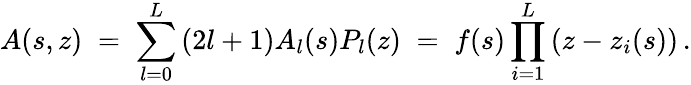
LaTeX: A(s,z)\; =\; \sum_{l=0}^{L}\, (2l+1)A_{l}(s)P_{l}(z)\; =\; f(s)\prod_{i=1}^{L}\, (z-z_{i}(s))\, .